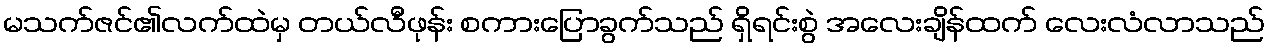
မသက်ဇင်၏လက်ထဲမှ တယ်လီဖုန်း စကားပြောခွက်သည် ရှိရင်းစွဲ အလေးချိန်ထက် လေးလံလာသည်